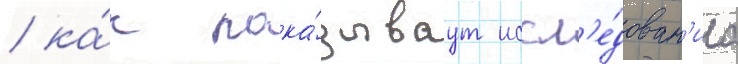
/ ка́к пока́зываут иссл'е́дован'иа